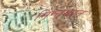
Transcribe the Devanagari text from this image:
मिन्तक़ात